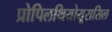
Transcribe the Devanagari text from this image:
प्रोपिलथियोयूरासिल